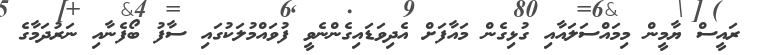
ރައީސް ޔާމީން މިމައްސަލައާއި ގުޅިގެން މައާފަށް އެދިވަޑައިގެންނެވީ ފުވައްމުލަކުގައި ސާފު ބޯފެނާއި ނަރުދަމާގެ